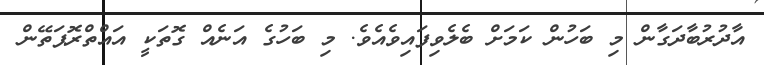
އާދުރުބާދަގާން މި ބަހުން ކަމަށް ބެލެވިފައިވެއެވެ. މި ބަހުގެ އަނެއް ގޮތަކީ އައްތްރޮޕަތޭން